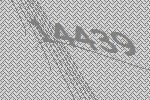
14439